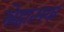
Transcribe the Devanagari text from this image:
स्नेहात्मक